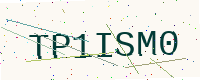
Text: TP1ISM0